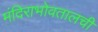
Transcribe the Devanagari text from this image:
मंदिराभोवतालची